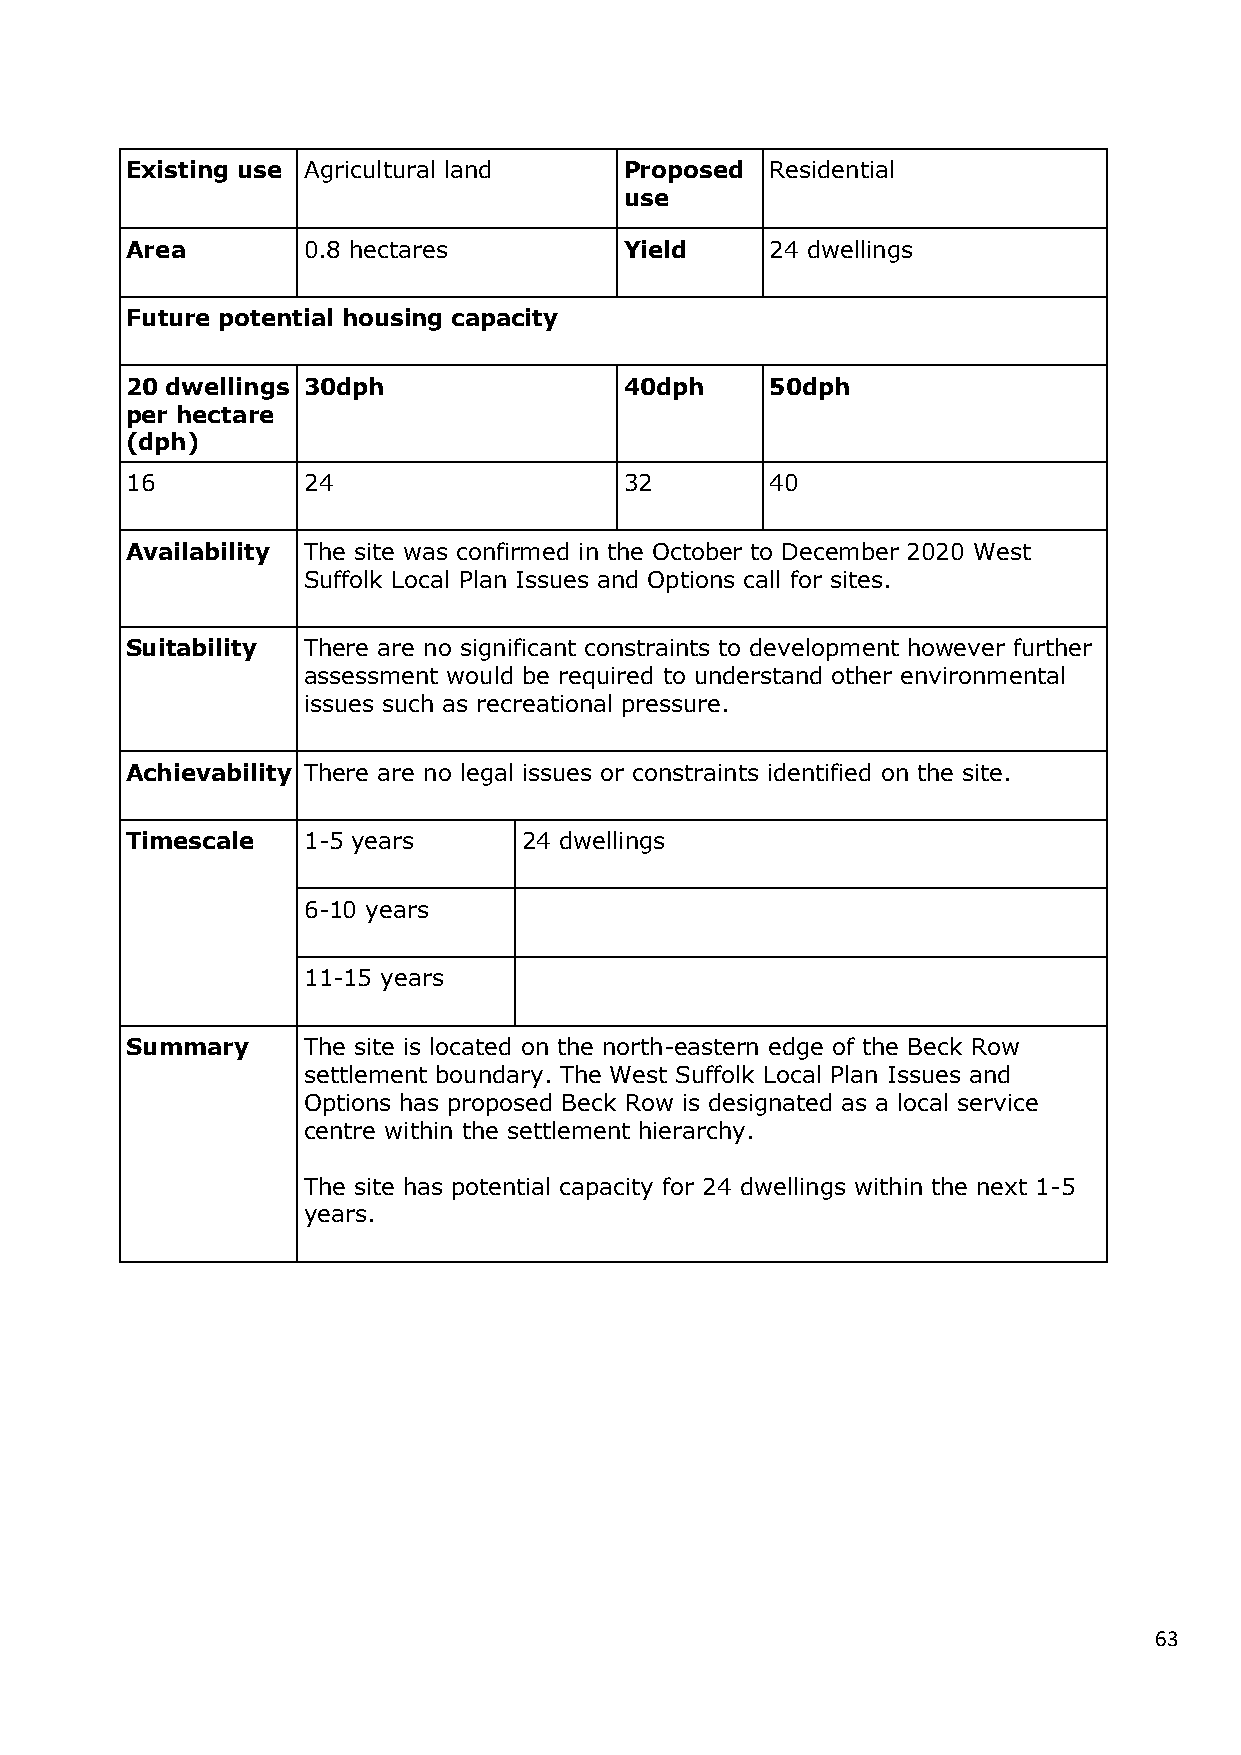
Existing use Agricultural land   Proposed  Residential
 use
 Area        0.8 hectares         Yield     24 dwellings
 Future potential housing capacity
 20 dwellings 30dph               40dph     50dph
 per hectare
 (dph)
 16          24                   32        40
 Availability The site was confirmed in the October to December 2020 West
 Suffolk Local Plan Issues and Options call for sites.
 Suitability There are no significant constraints to development however further
 assessment would be required to understand other environmental
 issues such as recreational pressure.
 Achievability There are no legal issues or constraints identified on the site.
 Timescale   1-5 years      24 dwellings
 6-10 years
 11-15 years
 Summary     The site is located on the north-eastern edge of the Beck Row
 settlement boundary. The West Suffolk Local Plan Issues and
 Options has proposed Beck Row is designated as a local service
 centre within the settlement hierarchy.
 The site has potential capacity for 24 dwellings within the next 1-5
 years.
 63